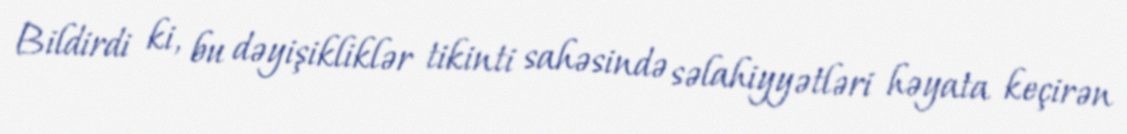
Bildirdi ki, bu dəyişikliklər tikinti sahəsində səlahiyyətləri həyata keçirən